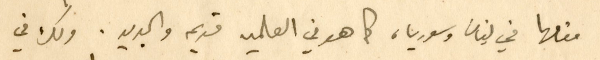
مقامها في لبنان وسوريا، كما هو في العالمين قديم والجديد. ولك في